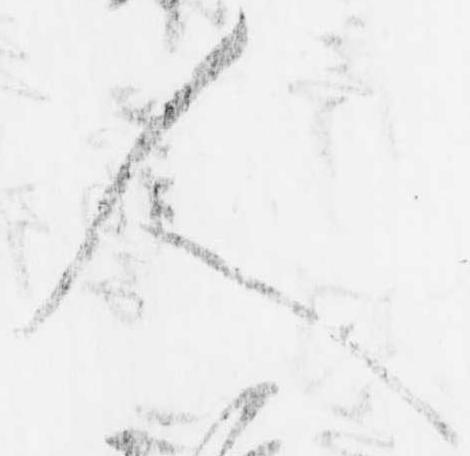
人